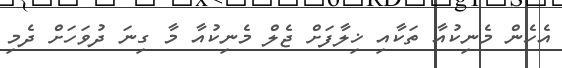
އެހެން މެނިކުއާ ތަކާއި ޚިލާފަށް ޖެލް މެނިކުއާ މާ ގިނަ ދުވަހަށް ދެމި